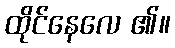
ထိုင်နေလေ ၏။